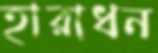
হারাধন